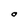
Character: O